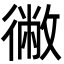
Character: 徶